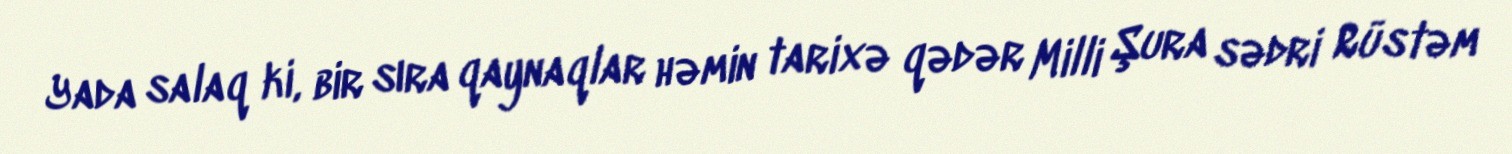
Yada salaq ki, bir sıra qaynaqlar həmin tarixə qədər Milli Şura sədri Rüstəm